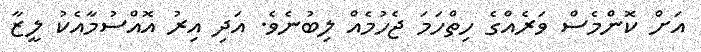
އަށް ކޮންމެސް ވަރެއްގެ ހިތްހަމަ ޖެހުމެއް ލިބުނެވެ. އަދި އިރު އޮއްސުމާއެކު ލީޒާ